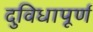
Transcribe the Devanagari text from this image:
दुविधापूर्ण